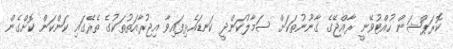
ކޮރަޕްޝަން ހުއްޓުވޭނީ ރާއްޖޭގެ ގާނޫނުތަކަށް ސަމާލުކަންދީ ކަނޑައެޅިފައިވާ އިޖުރާއަތުތަކުގެ ތެރޭގައި ކަންކަން ކޮށްގެން